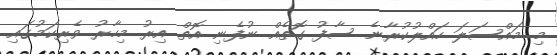
މި މައްސަލަ ހައްލުކުރާނެ ސާފު ގޮތެއް ނުފެނި އޮތް އިރު މިހާރު ވެރިކަމުގައި